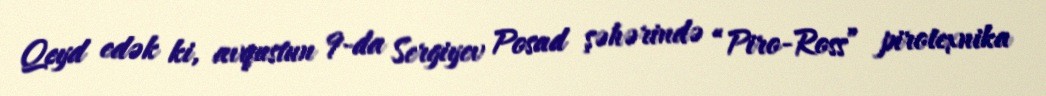
Qeyd edək ki, avqustun 9-da Sergiyev Posad şəhərində “Piro-Ross” pirotexnika